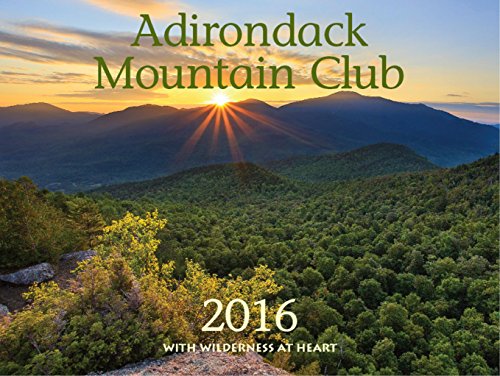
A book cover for Adirondack Mountain Club 2016: With Wilderness at Heart; Adirondack Mountain Club; Calendars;